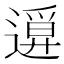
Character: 𨖦